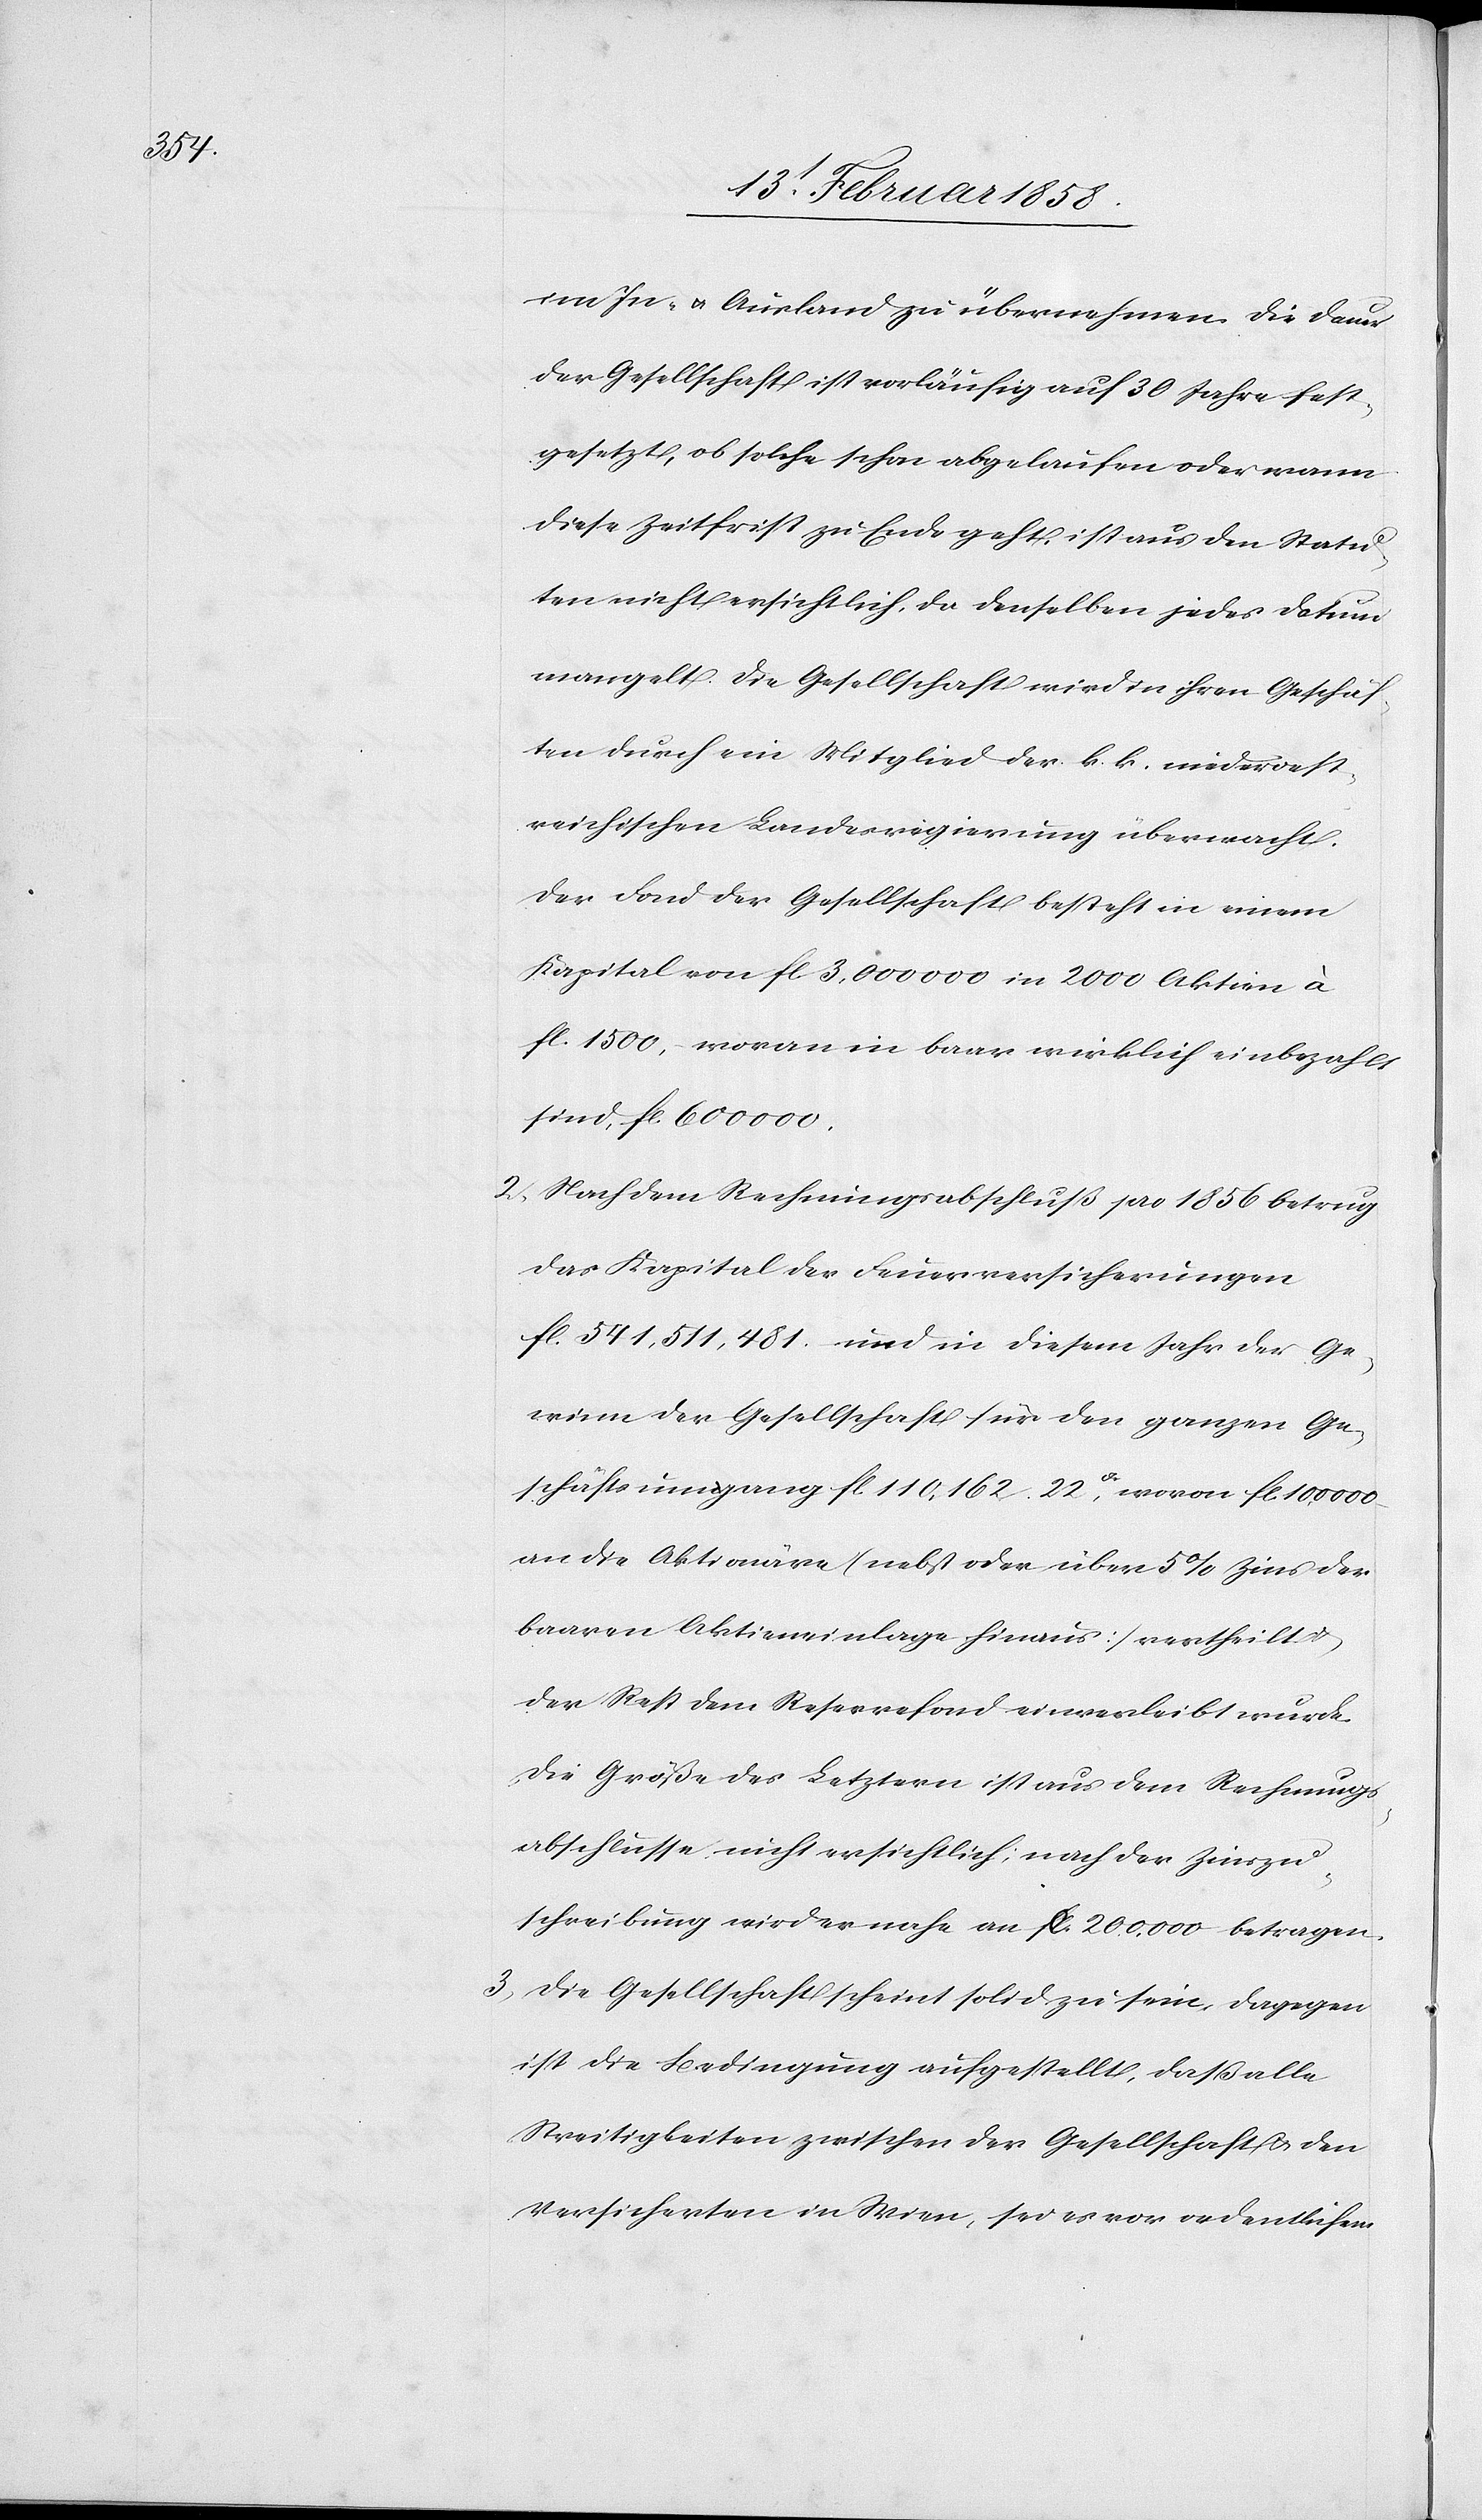
im In- u. Ausland zu übernehmen. Die Dauer
der Gesellschaft ist vorläufig auf 30 Jahre fest¬
gesetzt, ob solche schon abgelaufen oder wann
diese Zeitfrist zu Ende geht, ist aus den Statu¬
ten nicht ersichtlich, da denselben jedes Datum
mangelt. Die Gesellschaft wird in ihren Geschäf¬
ten durch ein Mitglied der k. k. niederoest¬
reichischen Landesregierung übermacht.
Der Fond der Gesellschaft besteht in einem
Kapital von fl 3,000 000 in 2000 Aktien à
fl. 1500, woran in baar wirklich einbezahlt
sind, fl. 600 000.
2. Nach dem Rechnungsabschluß pro 1856 betrug
das Kapital der Feuerversicherungen
fl. 541,511,481. und in diesem Jahr der Ge¬
winn der Gesellschaft für den ganzen Ge¬
schäftsumgang fl. 110,162. 22 [?c], wovon fl. 10,000
an die Aktionäre (nebst oder über 5% Zins der
baaren Aktieneinlage hinaus) vertheilt u.
der Rest dem Reservefond einverleibt wurde.
Die Größe des Letztern ist aus dem Rechnungs¬
abschlusse nicht ersichtlich; nach der Zinszu¬
schreibung wird er nahe an fl 200,000 betragen.
3. Die Gesellschaft scheint solid zu sein, dagegen
ist die Bedingung aufgestellt, daß alle
Streitigkeiten zwischen der Gesellschaft u. den
Versicherten in Wien, sei es vor ordentlichem